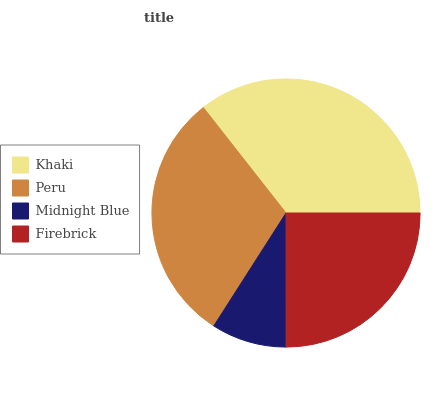
| Khaki | Peru | Midnight Blue | Firebrick |
 | --- | --- | --- | --- |
 | 35.6% | 30.4% | 9.05% | 25% |